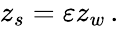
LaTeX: \begin{array}{r}{z_{s}={\varepsilon}z_{w}\, .}\end{array}